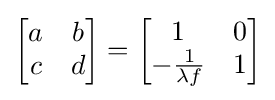
{\begin{bmatrix}a&b\\c&d\end{bmatrix}}={\begin{bmatrix}1&0\\-{\frac {1}{\lambda f}}&1\end{bmatrix}}